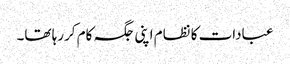
عبادات کا نظام اپنی جگہ کام کررہا تھا۔